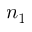
n _ { 1 }